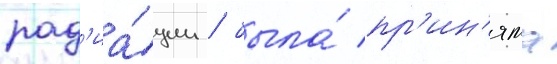
рад'иа́ции / была́ пр'ин'ята